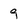
Character: 9